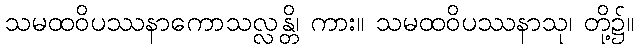
သမထဝိပဿနာကောသလ္လန္တိ၊ ကား။ သမထဝိပဿနာသု၊ တို့၌။